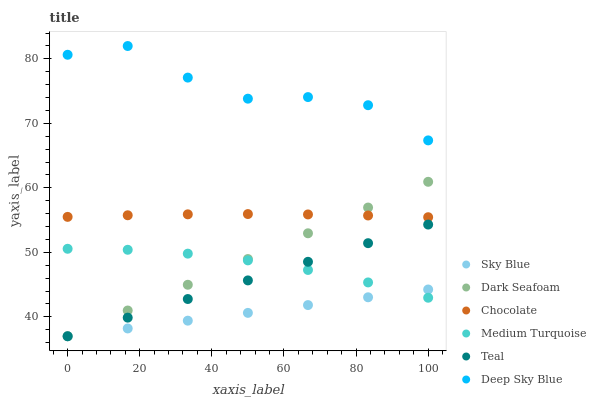
| xaxis_label | Sky Blue | Dark Seafoam | Chocolate | Medium Turquoise | Teal | Deep Sky Blue |
 | --- | --- | --- | --- | --- | --- | --- |
 | 0 | 37 | 37 | 55.5 | 50.6 | 37 | 80.6 |
 | 16.7 | 38.2 | 41 | 55.8 | 50.4 | 39.9 | 82 |
 | 33.3 | 39.4 | 45 | 55.9 | 49.8 | 42.8 | 77.1 |
 | 50 | 40.6 | 49 | 55.9 | 48.8 | 45.7 | 73.8 |
 | 66.7 | 41.8 | 53 | 55.9 | 47.3 | 48.5 | 74.1 |
 | 83.3 | 43 | 56.9 | 55.7 | 45.3 | 51.4 | 72.8 |
 | 100 | 44.2 | 60.9 | 55.5 | 43 | 54.3 | 67.4 |